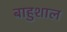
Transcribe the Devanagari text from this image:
बाहुशाल